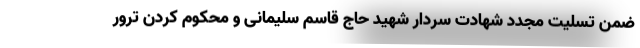
ضمن تسلیت مجدد شهادت سردار شهید حاج قاسم سلیمانی و محکوم کردن ترور